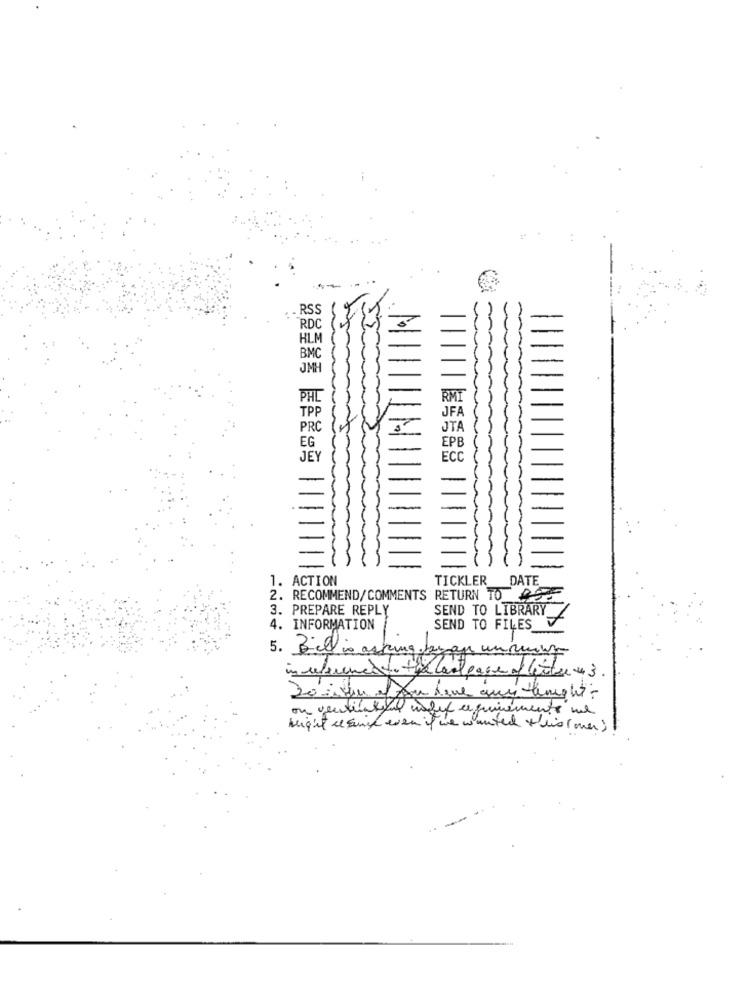
RSS
RDC
HLM
BMC
JM
PHL
TPP
JF
PRC
JTA
EPB
EG
JEY
ECC
1. ACTION
TICKLER
DATE
2. RECOMMEND/COMMENTS RETURN TO
3. PREPARE REPLY
SEND TO LIBRARY
4. INFORMATION
SEND TO FILES
5. Bell is asking
3 .
ou ventuntun uslux requirements me
Might & sich even it he wanted this men;
-